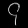
Digit: ၄